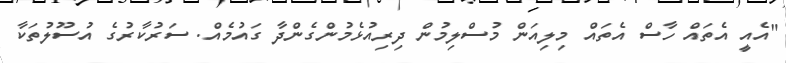
"އެއީ އެތައް ހާސް އެތައް މިލިއަން މުސްލިމުން ދިރިއުޅެމުންގެންދާ ގައުމެއް. ސަރުކާރުގެ އުސޫލުތަކާ